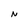
Character: N